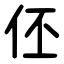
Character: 伾